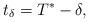
LaTeX: \begin{align*}t_\delta = T^* - \delta,\end{align*}